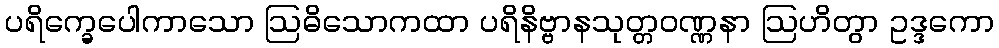
ပရိက္ခေပေါကာသော ဩဓိသောကထာ ပရိနိဗ္ဗာနသုတ္တဝဏ္ဏနာ ဩဟိတွာ ဥဒ္ဒကော